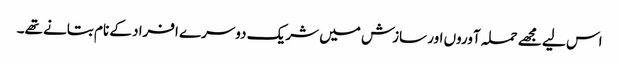
اس لیے مجھے حملہ آوروں اور سازش میں شریک دوسرے افراد کے نام بتانے تھے۔